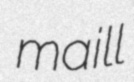
maill